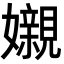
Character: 𡤅